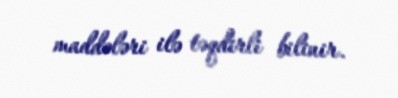
maddələri ilə təqdirli bilinir.